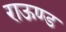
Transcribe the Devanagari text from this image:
राऊण्ड